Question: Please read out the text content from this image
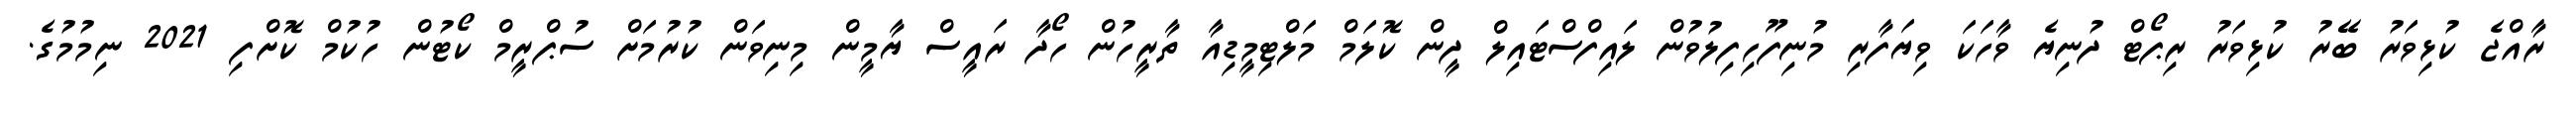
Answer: ރާއްޖެ ކުޅިވަރު ބޭރު ކުޅިވަރު ރިޕޯޓް ދުނިޔެ ވާހަކަ ވިޔަފާރި މުނިފޫހިފިލުވުން ލައިފްސްޓައިލް ދީން ކޮލަމް މަލްޓިމީޑިއާ ތާރީހުން ހޯދާ ރައީސް ޔާމީން މިނިވަން ކުރުމަށް ސުޕްރީމް ކޯޓުން ހުކުމް ކޮށްފި 2021 ނިމުމުގެ.